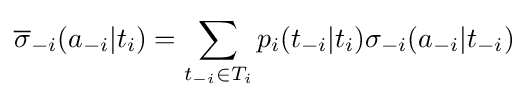
{\overline {\sigma }}_{-i}(a_{-i}|t_{i})=\sum _{t_{-i}\in T_{i}}p_{i}(t_{-i}|t_{i})\sigma _{-i}(a_{-i}|t_{-i})